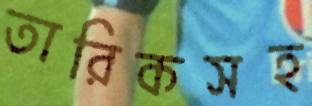
তারিকসহ